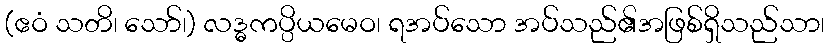
(ဧဝံ သတိ၊ သော်၊) လဒ္ဓကပ္ပိယမေဝ၊ ရအပ်သော အပ်သည်၏အဖြစ်ရှိသည်သာ၊